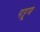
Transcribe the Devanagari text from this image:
पट्टूम